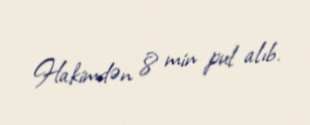
Hakimdən 8 min pul alıb.